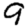
Digit: 9